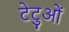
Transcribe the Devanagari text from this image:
टेटुओं